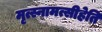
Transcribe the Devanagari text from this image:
मृत्स्नामत्सीहेति